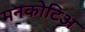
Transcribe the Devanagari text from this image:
मनकोटिअ